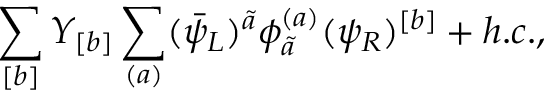
\sum _ { [ b ] } Y _ { [ b ] } \sum _ { ( a ) } ( \bar { \psi } _ { L } ) ^ { \tilde { a } } \phi _ { \tilde { a } } ^ { ( a ) } ( \psi _ { R } ) ^ { [ b ] } + h . c . ,